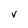
Character: V